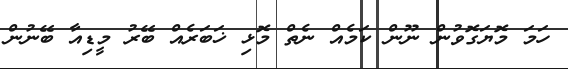
ހަމަ މޮޔަގޮވުން ނޫން ކަމެއް ނެތް މޮޅި ޚަބަރެއް ބޭރު މީޑިއާ ބޭނުން